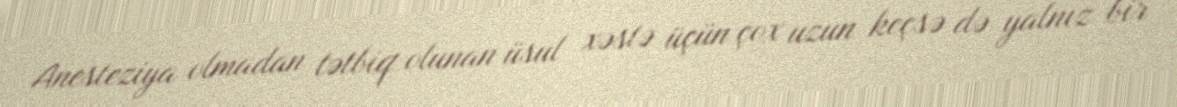
Anesteziya olmadan tətbiq olunan üsul xəstə üçün çox uzun keçsə də yalnız bir